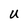
Character: U